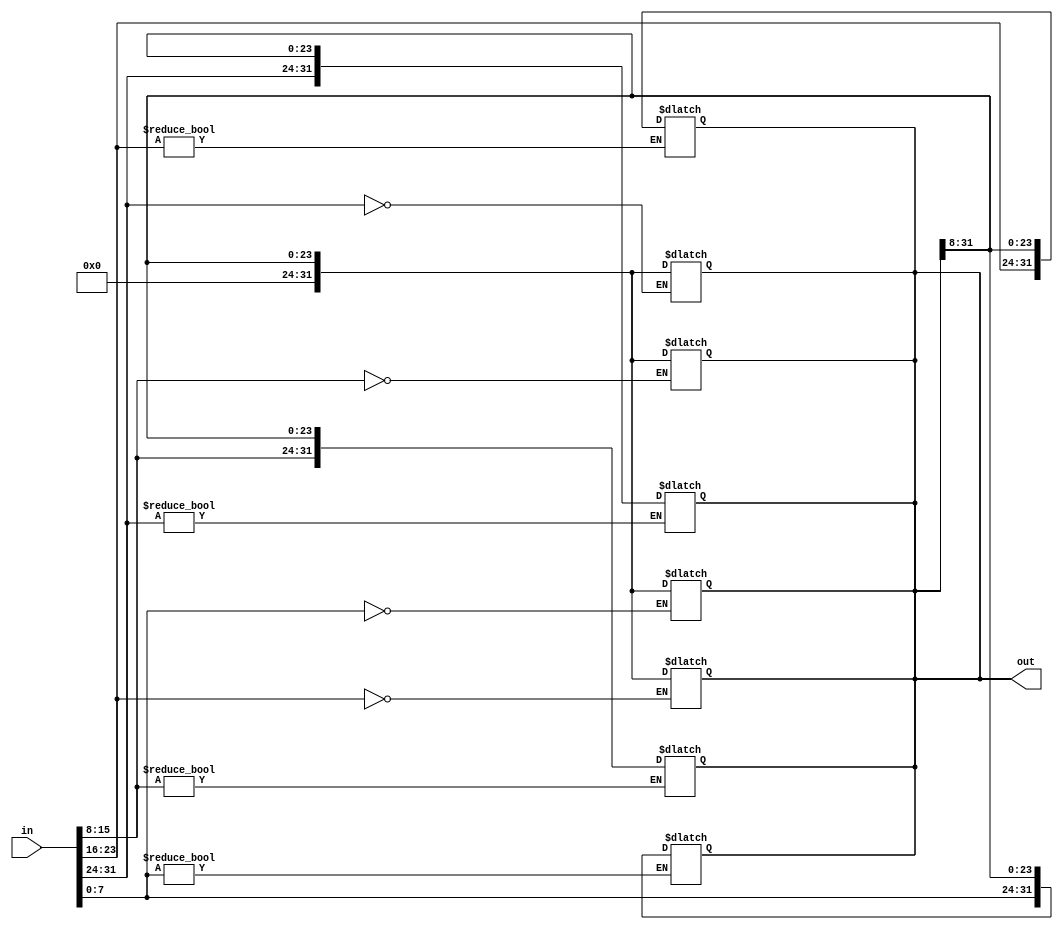
/*
 * This IP is the synthetizable big endian <-> little endian of strings implementation.
 * 
 * Copyright (C) 2017  Iulian Gheorghiu
 * 
 * This program is free software; you can redistribute it and/or
 * modify it under the terms of the GNU General Public License
 * as published by the Free Software Foundation; either version 2
 * of the License, or (at your option) any later version.
 * 
 * This program is distributed in the hope that it will be useful,
 * but WITHOUT ANY WARRANTY; without even the implied warranty of
 * MERCHANTABILITY or FITNESS FOR A PARTICULAR PURPOSE.  See the
 * GNU General Public License for more details.
 * 
 * You should have received a copy of the GNU General Public License
 * along with this program; if not, write to the Free Software
 * Foundation, Inc., 51 Franklin Street, Fifth Floor, Boston, MA  02110-1301, USA.
 */

`timescale 1ns / 1ps

module string #(parameter LEN = 32)(
	input [LEN-1:0]in,
	output reg [LEN-1:0]out
    );

genvar cnt;
generate
for(cnt = LEN; cnt > 0; cnt = cnt - 8)
begin
	always @(in)
	begin
		if(in[cnt-1:cnt-8])
			out = {in[cnt-1:cnt-8], out[LEN - 1: 8]};
	end
end
for(cnt = LEN; cnt > 0; cnt = cnt - 8)
begin
	always @(in)
	begin
		if(!in[cnt-1:cnt-8])
			out = {8'h00, out[LEN - 1: 8]};
	end
end
endgenerate

endmodule